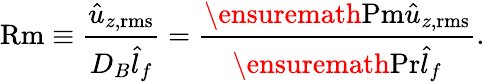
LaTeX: \mathrm{Rm}\equiv\frac{\hat{u}_{z,\mathrm{rms}}}{D_{B}\hat{l}_{f}}=\frac{\ensuremath{\mathrm{Pm}}\hat{u}_{z,\mathrm{rms}}}{\ensuremath{\mathrm{Pr}}\hat{l}_{f}}.